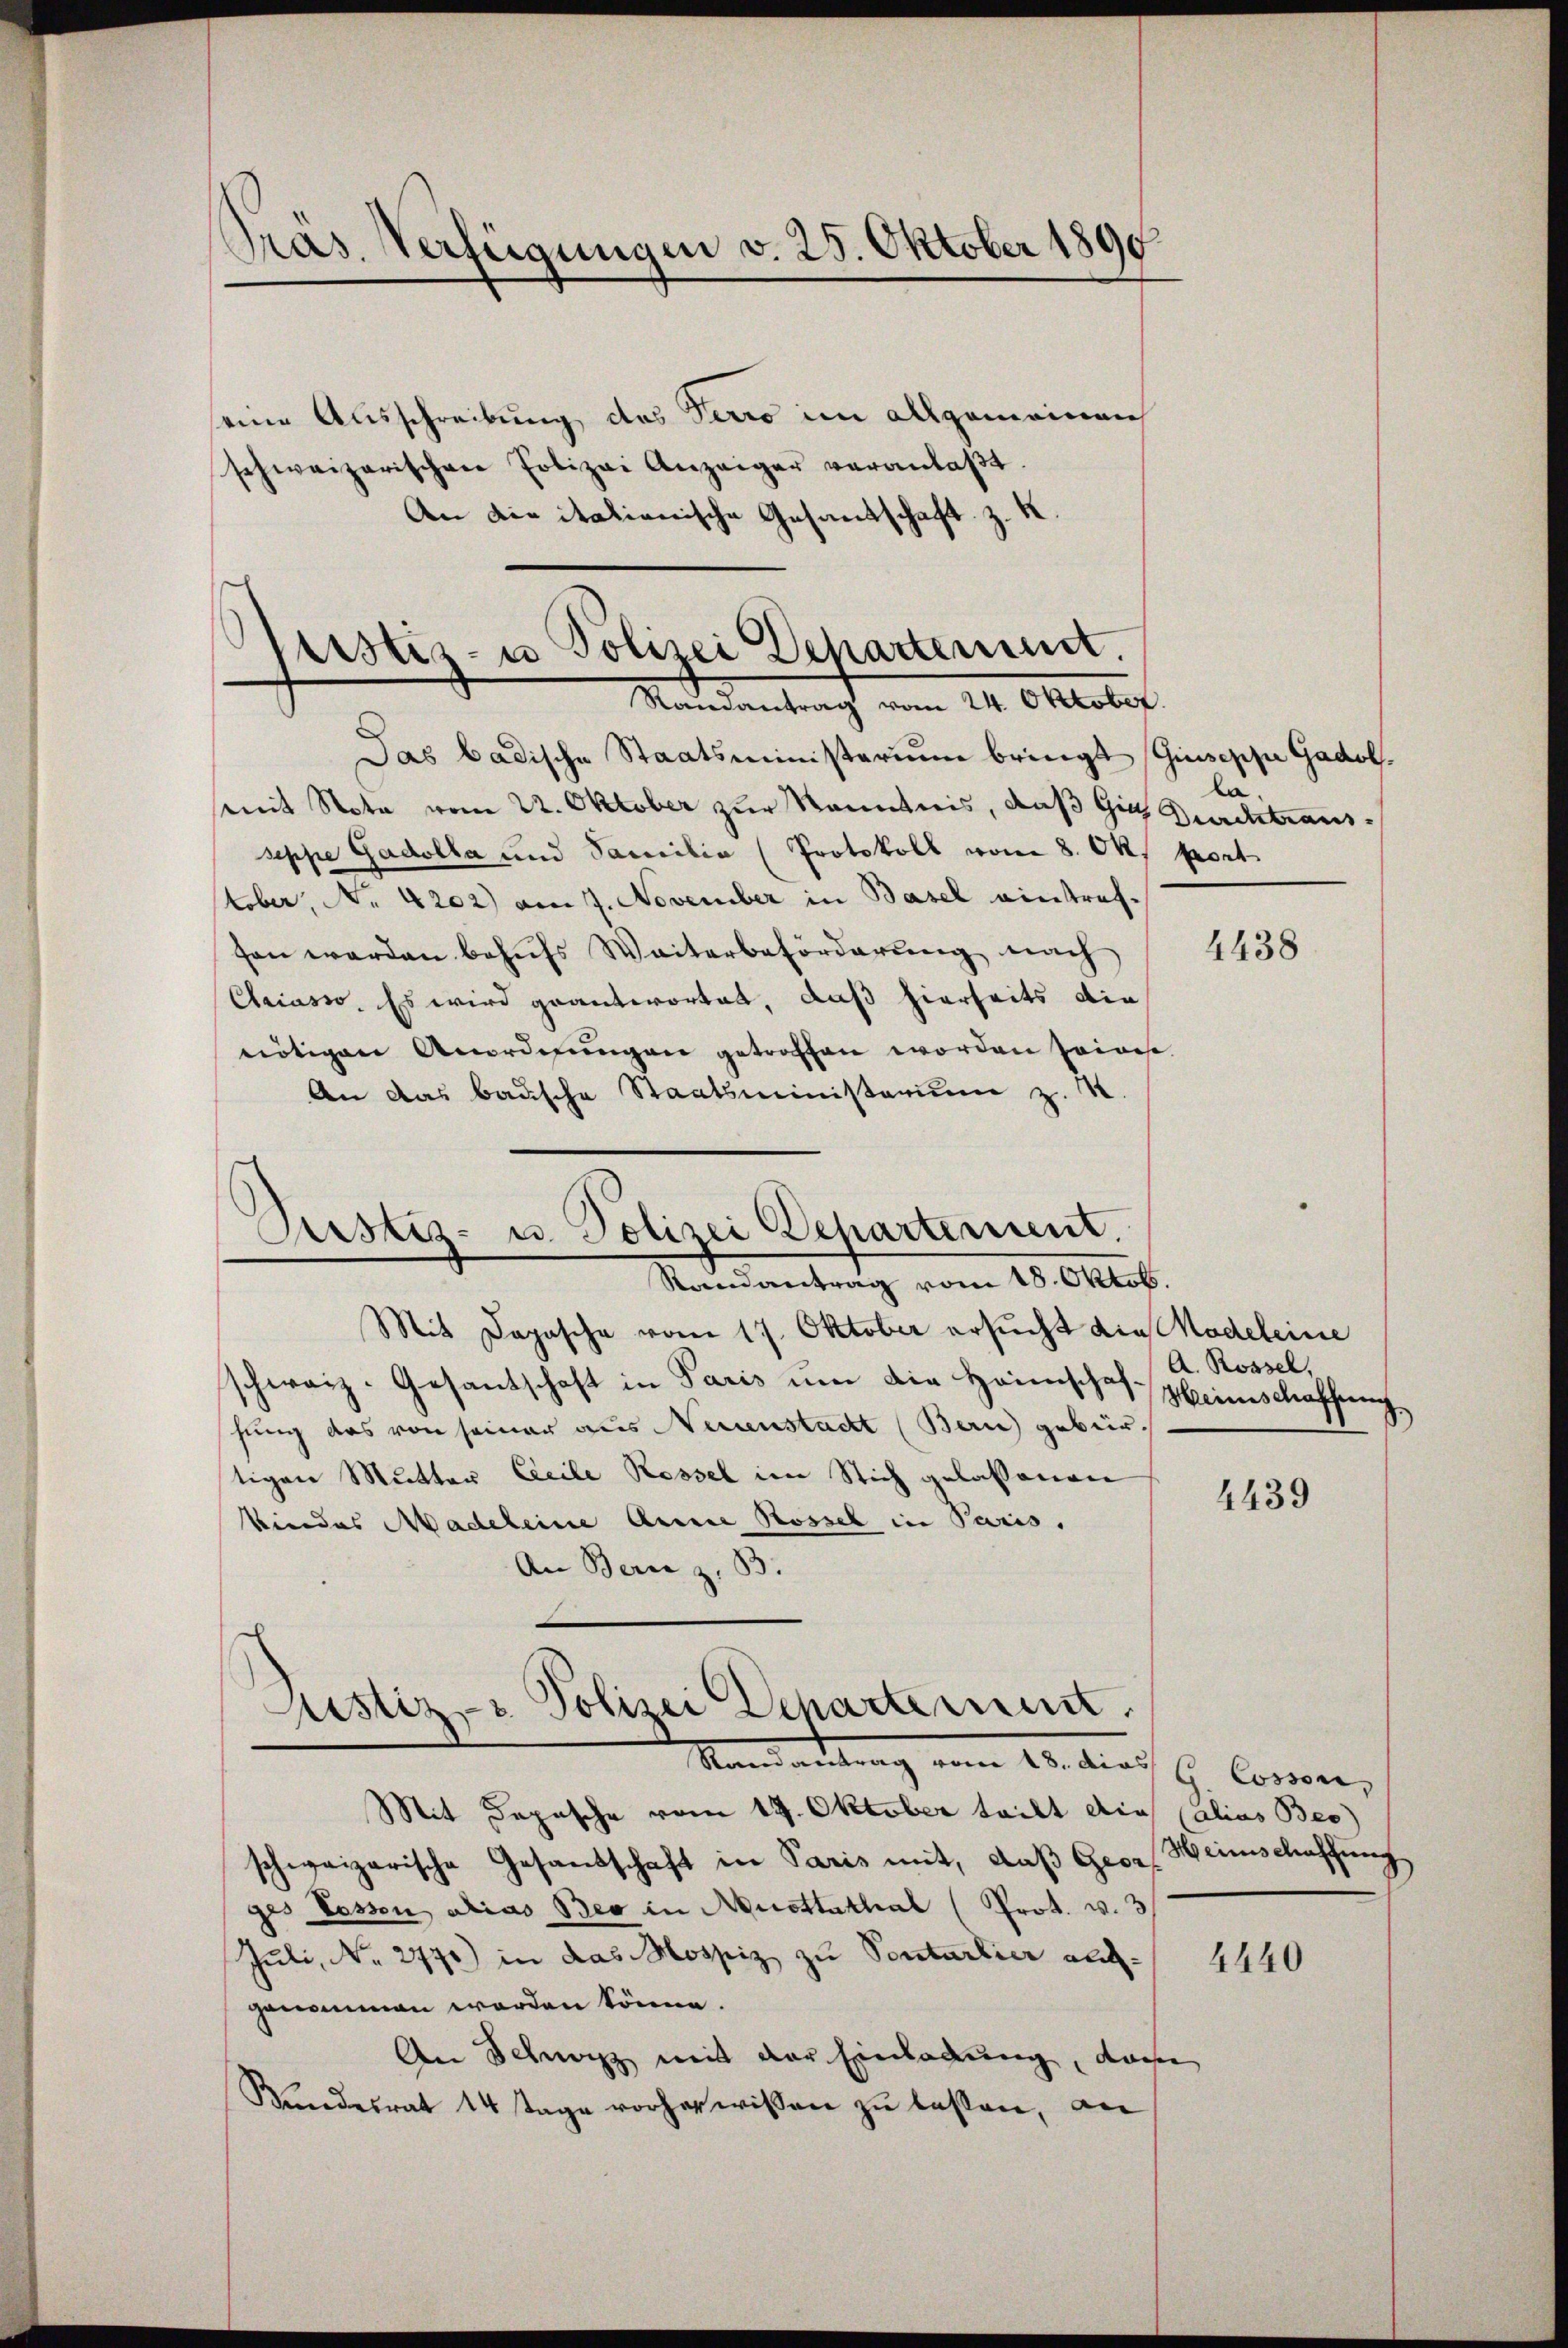
Pras. Verfügungen v. 25. Oktober 1890.

eine Ausschreibung des Perro im allgemeinen
schweizerischen Polizei Anzeiger veranlaβt.
An die italienische Gesandschaft z. K

.
lustiz- u Polizei Departement.
Mandantrag vom 24. Oktober

Das badische Staatsministerium bringt (Giuseppe Gadol.
mmit Nota vom 22. Oktober zur Kenntnis, daß Gie Durchtrausseppe Gadolla und Samilia (Protokoll von 8. Okt port
tober, No 4202) am 7. November in Basel eintrefsen werden behŭfs Weiterbeförderung nach
Criasso. Es wird geantwortet, daß hierseits die
nötigen Anordnungen getroffen worden seines.
An das Bausche Staatsministerium z.

Justiz- u. Polizei Departement.
Sterndentrag vom 18. Oktob.

Justiz- & Polizei Departement.
Mandantung vom 13. dies G. Corver,

la.

Mit Dopasche vom 17. Oktober ersucht die Modeleine
schweiz. Gesantschaft in Paris um die Heimschaf- A. Rossel,
hung des von seiner aus Neuenstadt (Bern) gebürstigen Mutter Zeile Rossel im Stich gelaßenen
kindes Madeleine Anna Rossel in Paris.
An Bern z. B.
Mit Sopische vom 19. Oktober teilt dies Calias Bes
schweizerische Gesandschaft in Paris mit, daβ Georg Heinschaffung
ges Tessen alias Beo in Musttathal (Prot. v. 3
Juli, No. 2771) in das Mospiz zu Sontarlier aufgenommen worden könne.
An Schwarz mit der Einladung, das
Bundesrat 14 Tage vorher wissen zu lassen, an

4438

Weinschaffun

4439

4440